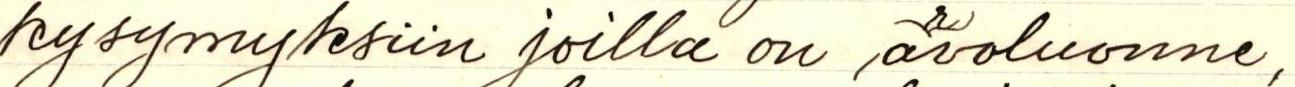
kysymyksiin joilla on avoluonne,